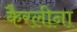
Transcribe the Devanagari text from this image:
कैरलीना